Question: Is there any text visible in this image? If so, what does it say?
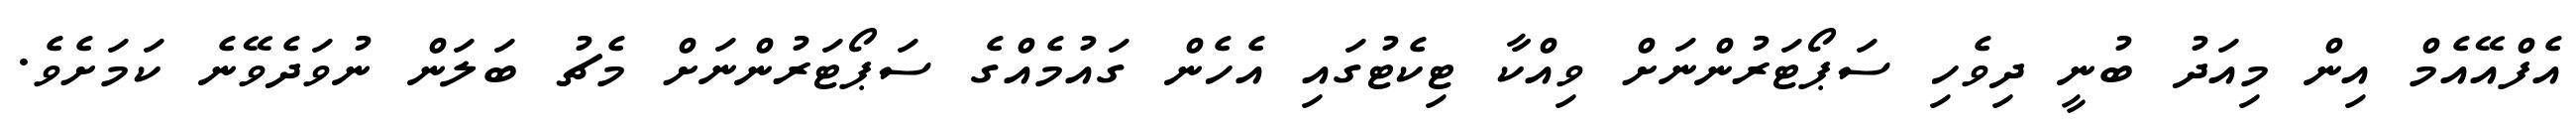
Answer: އެފްއޭއެމް އިން މިއަދު ބުނީ ދިވެހި ސަޕޯޓަރުންނަށް ވިއްކާ ޓިކެޓުގައި އެހެން ގައުމެއްގެ ސަޕޯޓަރުންނަށް މެޗު ބަލަން ނުވަދެވޭނެ ކަމަށެވެ.